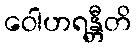
ဝေါဟရန္တီတိ